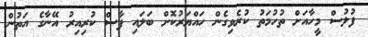
ފުލުސް މީހާއަށް ތުހުމަތު ކުރެވިގެން ހައްޔަރުކޮށް ބަލައި ފާސް ކުރިއިރު އޭނާގެ އަތުން